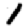
Digit: 1